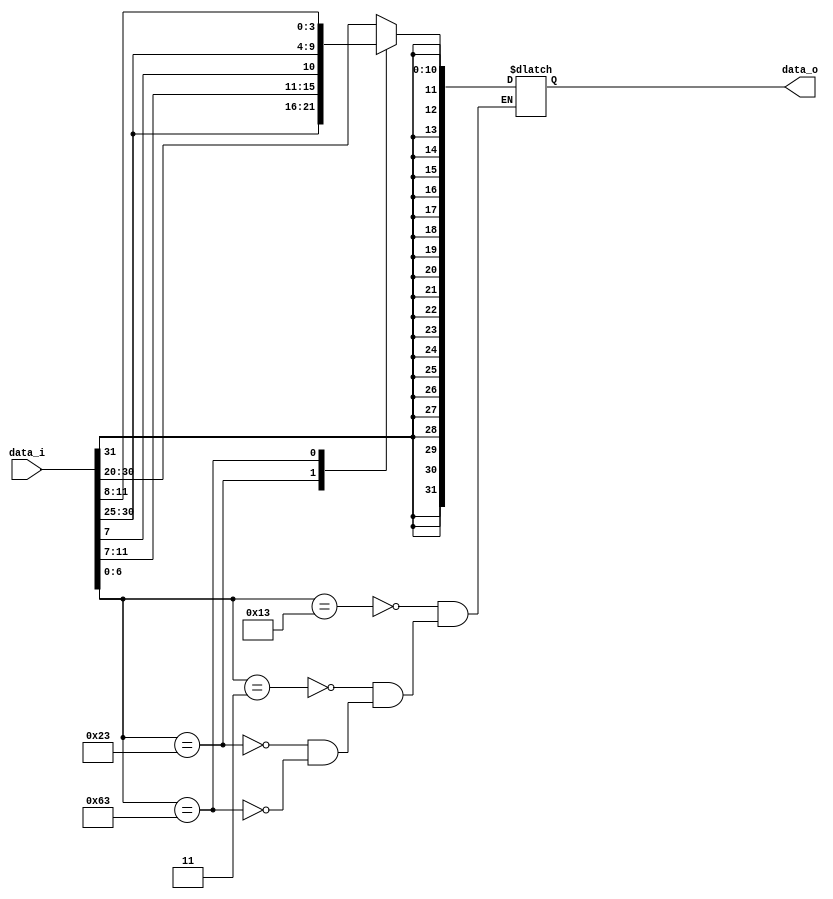
module Sign_Extend
(
	data_i,
	data_o
);

input  			[31:0] 	data_i;
output 	reg 	[31:0] 	data_o;


always@ (*)
begin
	case (data_i[6:0])
		7'b0010011: data_o = {{20{data_i[31]}}, data_i[31:20]};											//I-format(addi)		
		7'b0000011:	data_o = {{20{data_i[31]}}, data_i[31:20]};											//ld		
		7'b0100011:	data_o = {{20{data_i[31]}}, data_i[31:25], data_i[11:7]};							//sd
		7'b1100011: data_o = {{20{data_i[31]}}, data_i[31], data_i[7], data_i[30:25], data_i[11:8]};	//beq
	endcase
end

endmodule